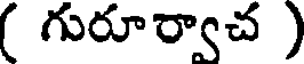
( గురూర్వాచ )